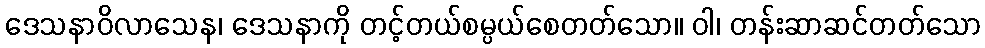
ဒေသနာဝိလာသေန၊ ဒေသနာကို တင့်တယ်စမ္ပယ်စေတတ်သော။ ဝါ၊ တန်းဆာဆင်တတ်သော